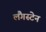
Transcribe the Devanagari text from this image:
लैंगस्टेन